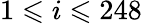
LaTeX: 1\leqslant i\leqslant 248